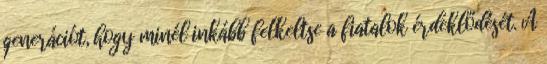
generációt, hogy minél inkább felkeltse a fiatalok érdeklődését. A